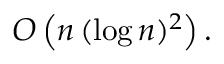
O \left( n \, ( \log n ) ^ { 2 } \right) .